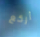
أركع